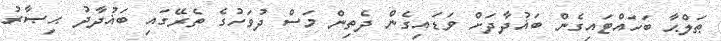
ޠަލްޙާ ބަހައްޓައިގެން ބަޣުދާދަށް ވަޑައިގެން ދެތިން މަސް ދުވަހުގެ ތެރޭގައި ބަޣުދާދު ޙިޞާރު